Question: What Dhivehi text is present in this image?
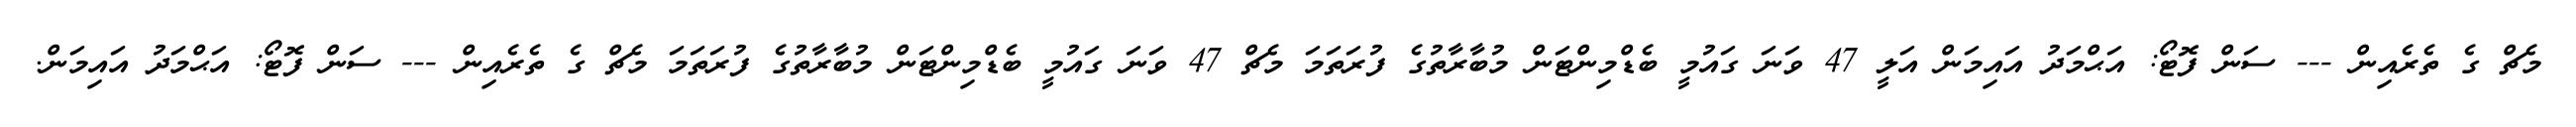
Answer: މެޗް ގެ ތެރެއިން --- ސަން ފޮޓޯ: އަޙްމަދު އައިމަން އަލީ 47 ވަނަ ގައުމީ ބެޑްމިންޓަން މުބާރާތުގެ ފުރަތަމަ މެޗް 47 ވަނަ ގައުމީ ބެޑްމިންޓަން މުބާރާތުގެ ފުރަތަމަ މެޗް ގެ ތެރެއިން --- ސަން ފޮޓޯ: އަޙްމަދު އައިމަން.